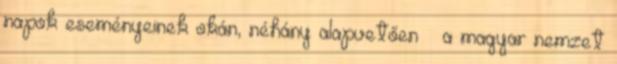
napok eseményeinek okán, néhány alapvetően – a magyar nemzet